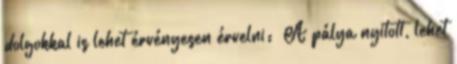
dolgokkal is lehet érvényesen érvelni: „A pálya nyitott, lehet